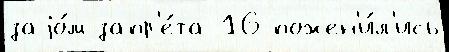
заjо́м запр'е́та 16 пожен'и́л'ись